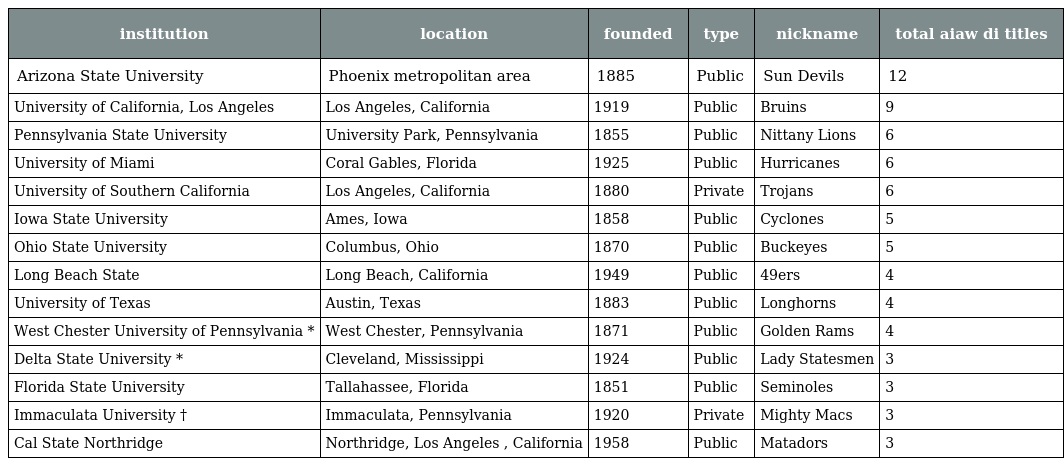
| institution | location | founded | type | nickname | total aiaw di titles |
 | --- | --- | --- | --- | --- | --- |
 | Arizona State University | Phoenix metropolitan area | 1885 | Public | Sun Devils | 12 |
 | University of California, Los Angeles | Los Angeles, California | 1919 | Public | Bruins | 9 |
 | Pennsylvania State University | University Park, Pennsylvania | 1855 | Public | Nittany Lions | 6 |
 | University of Miami | Coral Gables, Florida | 1925 | Public | Hurricanes | 6 |
 | University of Southern California | Los Angeles, California | 1880 | Private | Trojans | 6 |
 | Iowa State University | Ames, Iowa | 1858 | Public | Cyclones | 5 |
 | Ohio State University | Columbus, Ohio | 1870 | Public | Buckeyes | 5 |
 | Long Beach State | Long Beach, California | 1949 | Public | 49ers | 4 |
 | University of Texas | Austin, Texas | 1883 | Public | Longhorns | 4 |
 | West Chester University of Pennsylvania * | West Chester, Pennsylvania | 1871 | Public | Golden Rams | 4 |
 | Delta State University * | Cleveland, Mississippi | 1924 | Public | Lady Statesmen | 3 |
 | Florida State University | Tallahassee, Florida | 1851 | Public | Seminoles | 3 |
 | Immaculata University † | Immaculata, Pennsylvania | 1920 | Private | Mighty Macs | 3 |
 | Cal State Northridge | Northridge, Los Angeles , California | 1958 | Public | Matadors | 3 |